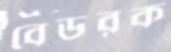
বেডরক